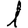
Digit: 1